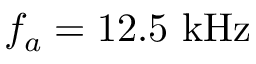
f _ { a } = 1 2 . 5 ~ \mathrm { k H z }